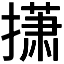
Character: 𫾃